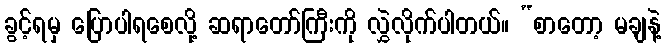
ခွင့်ရမှ ပြောပါရစေလို့ ဆရာတော်ကြီးကို လွှဲလိုက်ပါတယ်။ “စာတော့ မချနဲ့